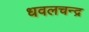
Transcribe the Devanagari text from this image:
धवलचन्द्र